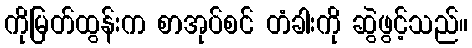
ကိုမြတ်ထွန်းက စာအုပ်စင် တံခါးကို ဆွဲဖွင့်သည်။